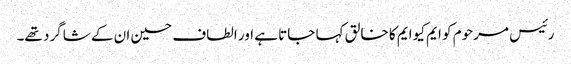
رئیس مرحوم کو ایم کیو ایم کا خالق کہا جاتا ہے اور الطاف حسین ان کے شاگرد تھے۔